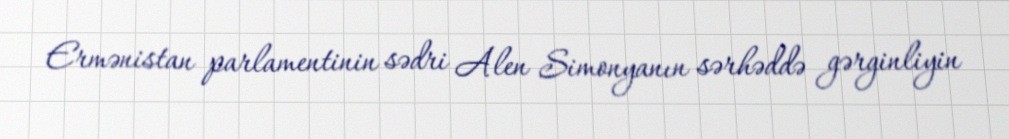
Ermənistan parlamentinin sədri Alen Simonyanın sərhəddə gərginliyin